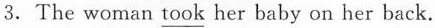
3.The woman \underline{took} her baby on her back.